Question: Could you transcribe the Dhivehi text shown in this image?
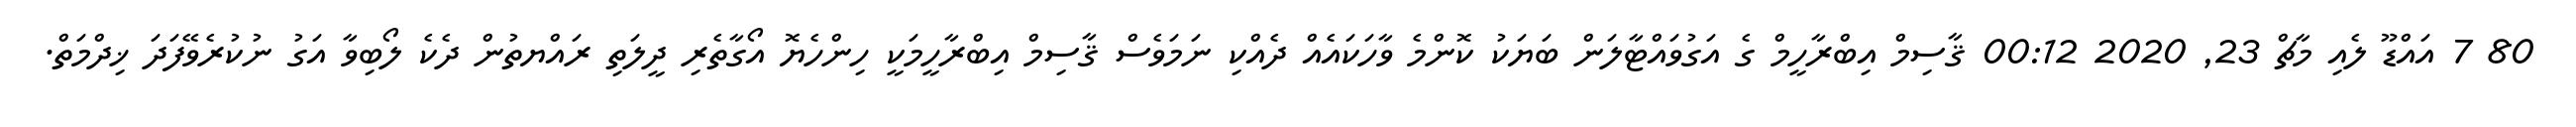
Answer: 80 7 އައްޑޫ ލެއި މާޗް 23, 2020 00:12 ޤާސިމް އިބްރާހީމް ގެ އަގުވައްޓާލަން ބަޔަކު ކޮންމެ ވާހަކައެއް ދެއްކި ނަމަވެސް ޤާސިމް އިބްރާހީމަކީ ހިންހެޔޮ އޯގާތެރި ދީލަތި ރައްޔތުން ދެކެ ލޯބިވާ އަގު ނުކުރެވޭފަދަ ޚިދްމަތް.